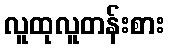
လူထုလူတန်းစား